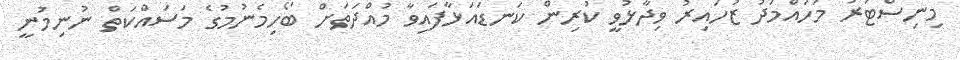
މިނިސްޓަރު މުހައްމަދު ޒުހައިރު ވިދާޅުވީ ކުރިން ކަނޑައަޅާފައިވާ މުއްދަތަށް ބޯހިމެނުމުގެ މަސައްކަތް ނުނިމުނީ